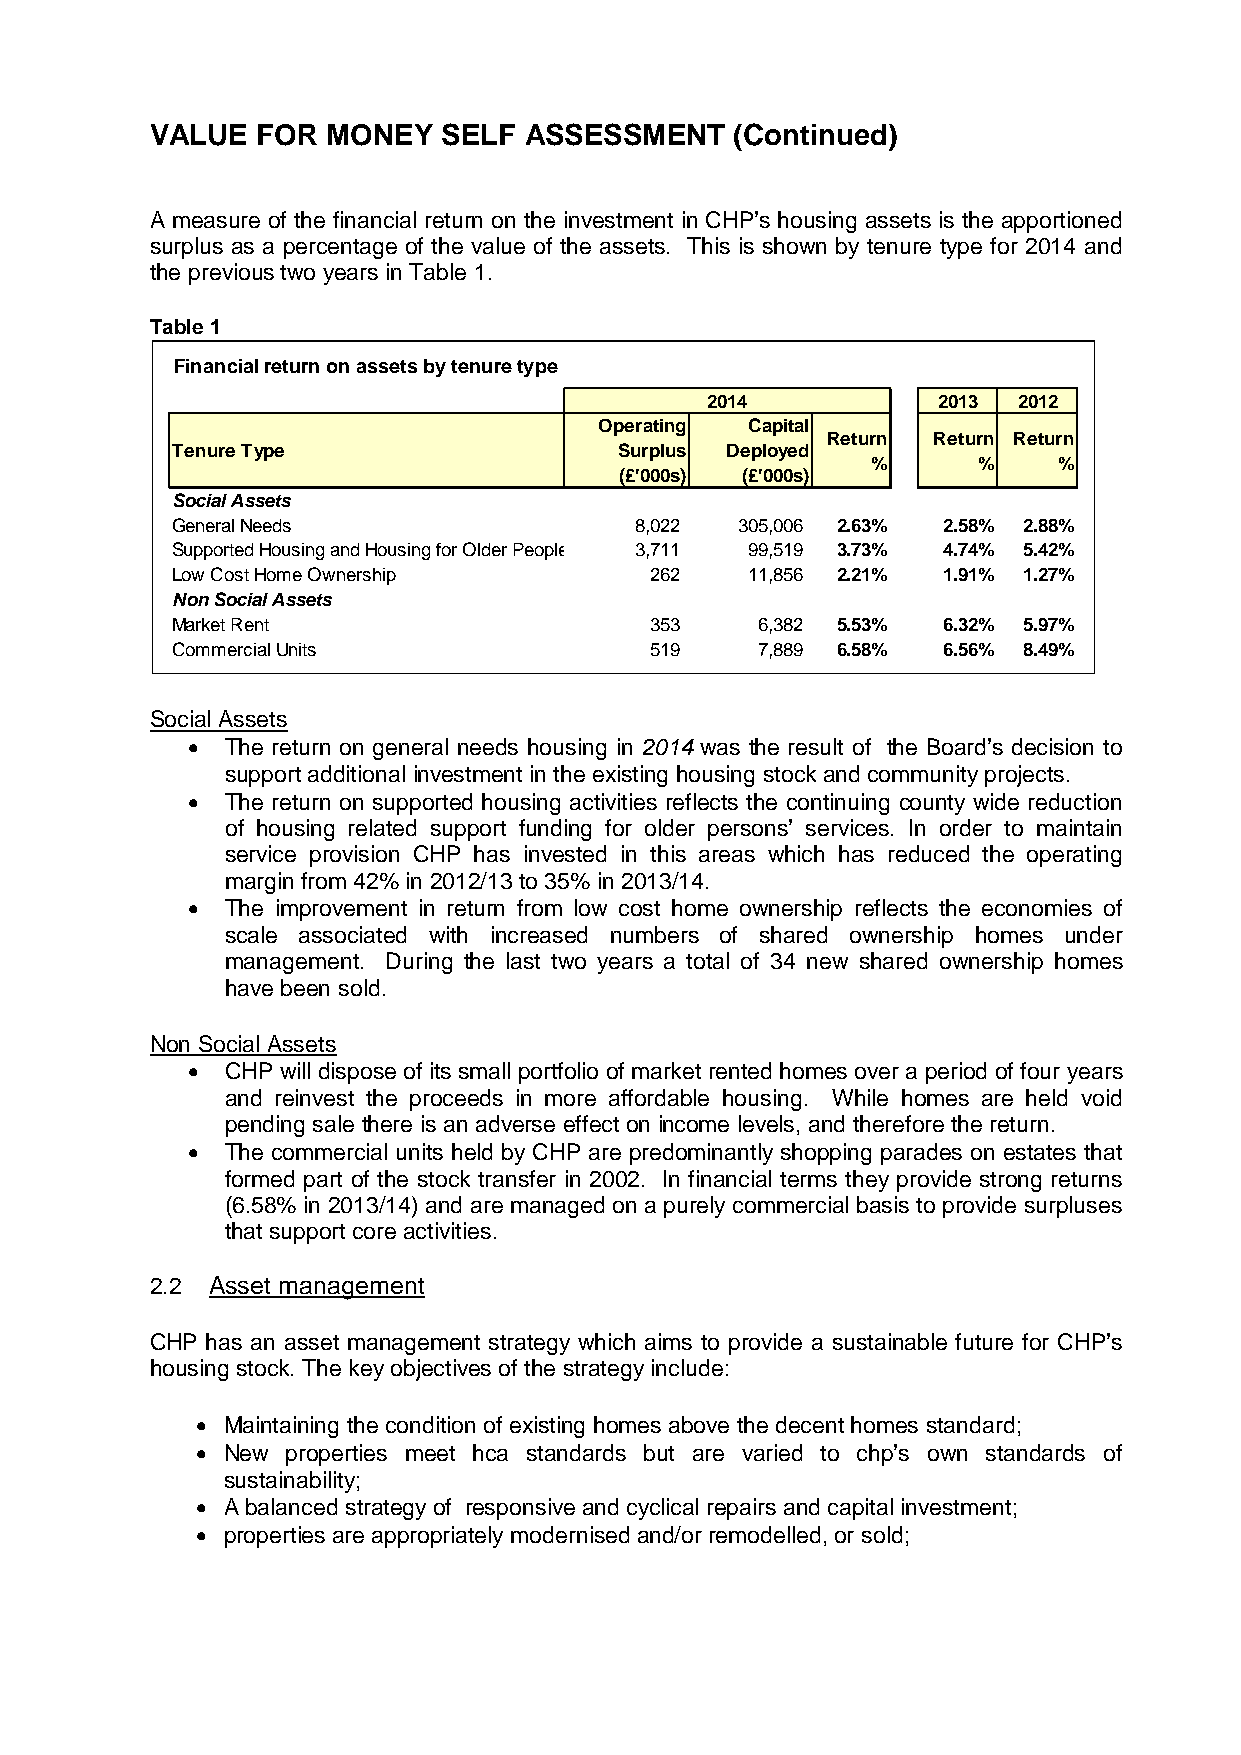
VALUE  FOR  MONEY  SELF  ASSESSMENT    (Continued)
 A measure of the financial return on the investment in CHP’s housing assets is the apportioned
 surplus as a percentage of the value of the assets. This is shown by tenure type for 2014 and
 the previous two years in Table 1.
 Table 1
 Financial return on assets by tenure type
 2014           2013 2012
 Operating Capital
 Return Return Return
 Tenure Type                   Surplus Deployed
 %      %    %
 (£'000s) (£'000s)
 Social Assets
 General Needs                  8,022  3 05,006 2.63% 2.58% 2.88%
 Supported Housing and Housing for Older People 3,711 9 9,519 3.73% 4.74% 5.42%
 Low Cost Home Ownership         262    1 1,856 2.21% 1.91% 1.27%
 Non Social Assets
 Market Rent                     353    6,382 5.53% 6.32% 5.97%
 Commercial Units                519    7 ,889 6.58% 6.56% 8.49%
 Social Assets
 •  The return on general needs housing in 2014 was the result of the Board’s decision to
 support additional investment in the existing housing stock and community projects.
 •  The return on supported housing activities reflects the continuing county wide reduction
 of housing related support funding for older persons’ services. In order to maintain
 service provision CHP has invested in this areas which has reduced the operating
 margin from 42% in 2012/13 to 35% in 2013/14.
 •  The improvement in return from low cost home ownership reflects the economies of
 scale associated with increased numbers of shared ownership homes under
 management. During the last two years a total of 34 new shared ownership homes
 have been sold.
 Non Social Assets
 •  CHP will dispose of its small portfolio of market rented homes over a period of four years
 and reinvest the proceeds in more affordable housing. While homes are held void
 pending sale there is an adverse effect on income levels, and therefore the return.
 •  The commercial units held by CHP are predominantly shopping parades on estates that
 formed part of the stock transfer in 2002. In financial terms they provide strong returns
 (6.58% in 2013/14) and are managed on a purely commercial basis to provide surpluses
 that support core activities.
 2.2 Asset management
 CHP has an asset management strategy which aims to provide a sustainable future for CHP’s
 housing stock. The key objectives of the strategy include:
 • Maintaining the condition of existing homes above the decent homes standard;
 • New properties meet hca standards but are varied to chp’s own standards of
 sustainability;
 • A balanced strategy of responsive and cyclical repairs and capital investment;
 • properties are appropriately modernised and/or remodelled, or sold;